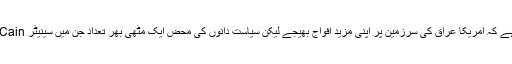
ان کا کہنا ہے کہ بہت دنوں سے اس بات کی ضرورت محسوس ہو رہی ہے کہ امریکا عراق کی سرزمین پر اپنی مزید افواج بھیجے لیکن سیاست دانوں کی محض ایک مٹھی بھر تعداد جن میں سینیٹر John McCain قابلِ ذکر ہیں، اس وقت مزید افواج بھیجنے کے حق میں ہیں۔